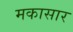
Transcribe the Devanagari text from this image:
मकासार